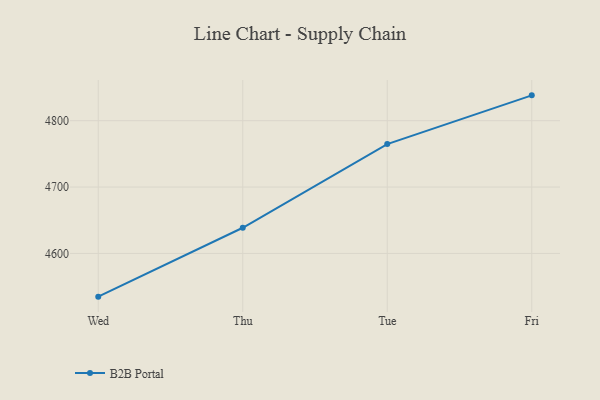
{"axis": {"x": "Day", "y": "LTV (USD)"}, "legend": ["B2B Portal"], "data": [{"x": "Wed", "y": 4534.9, "type": "B2B Portal"}, {"x": "Thu", "y": 4638.7, "type": "B2B Portal"}, {"x": "Tue", "y": 4764.8, "type": "B2B Portal"}, {"x": "Fri", "y": 4838.2, "type": "B2B Portal"}]}